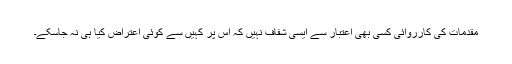
مقدمات کی کارروائی کسی بھی اعتبار سے ایسی شفاف نہیں کہ اُس پر کہیں سے کوئی اعتراض کیا ہی نہ جاسکے۔